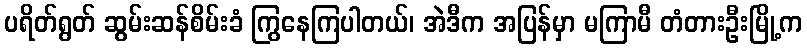
ပရိတ်ရွတ် ဆွမ်းဆန်စိမ်းခံ ကြွနေကြပါတယ်၊ အဲဒီက အပြန်မှာ မကြာမီ တံတားဦးမြို့က